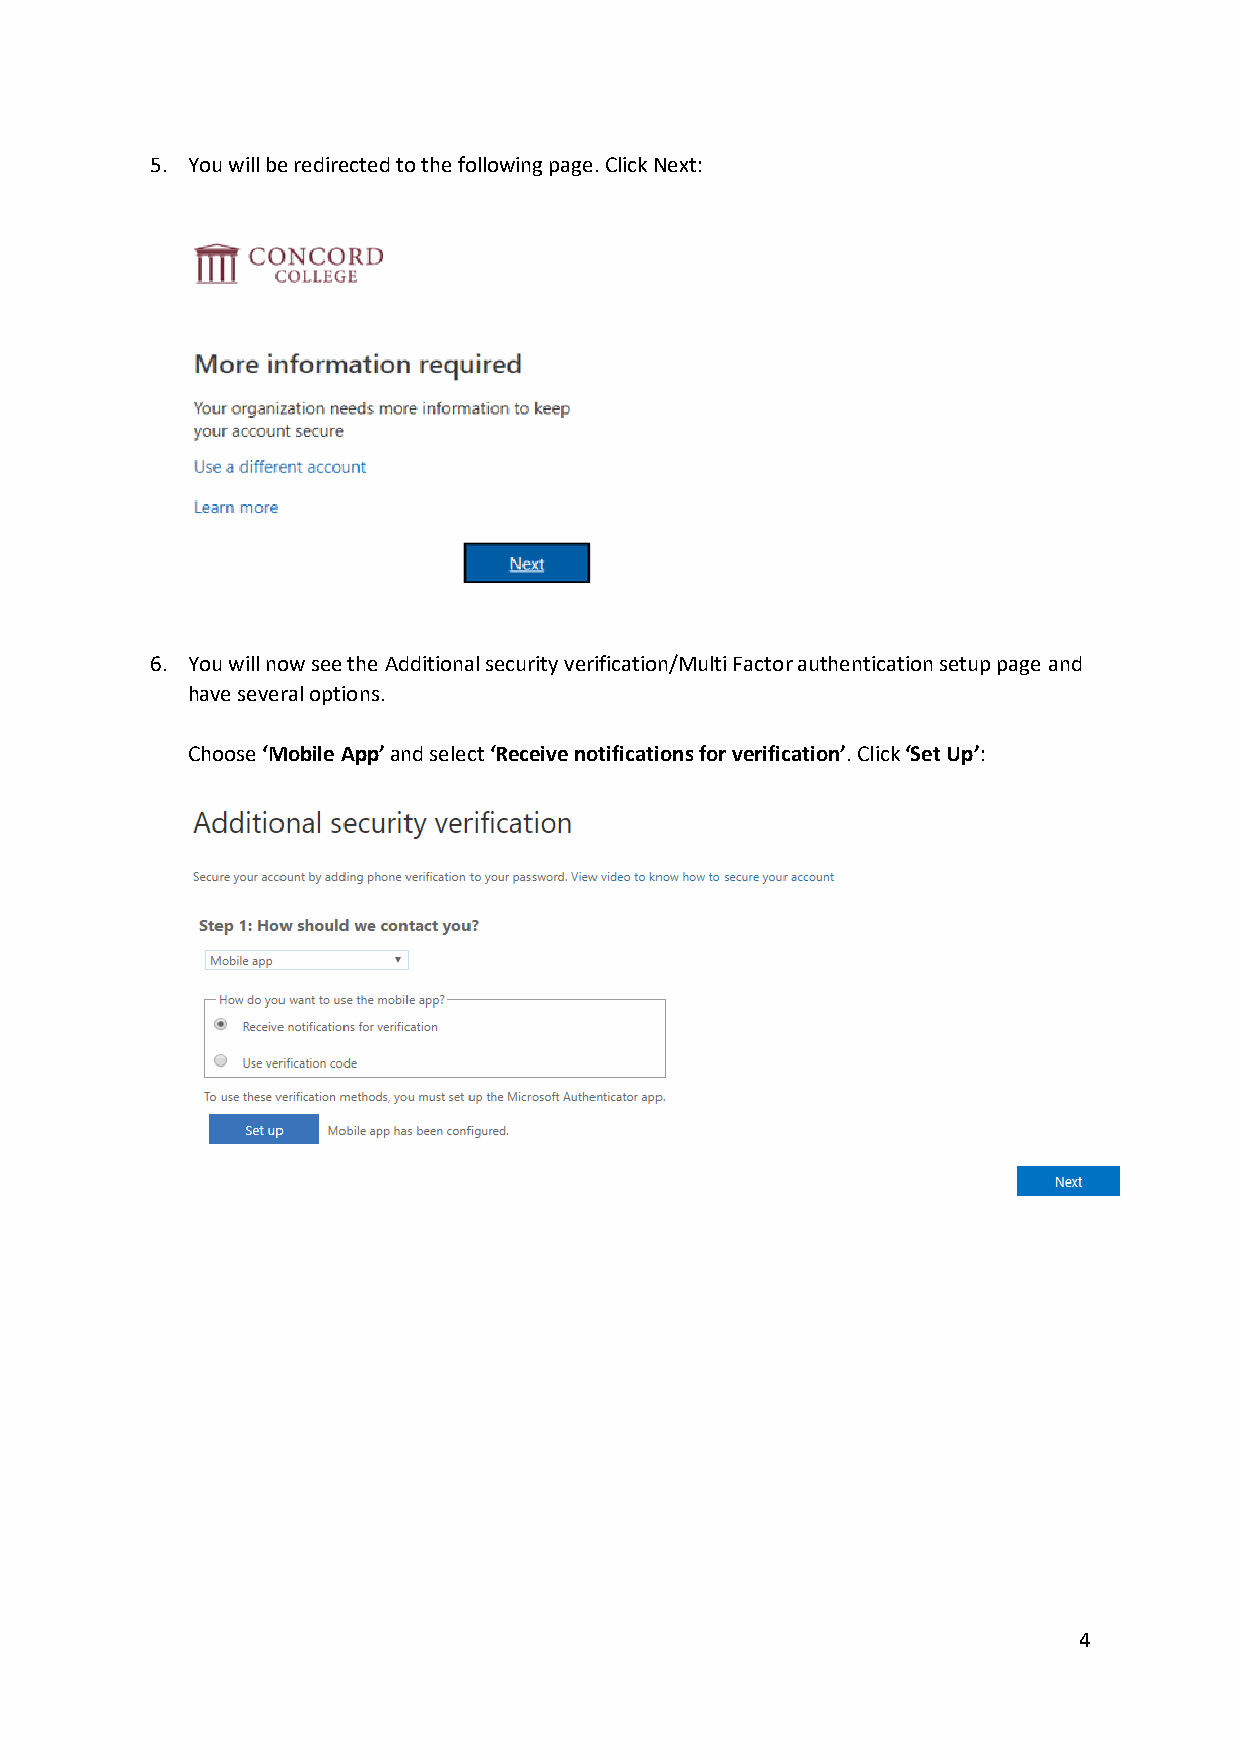
5. You will be redirected to the following page. Click Next:
 6. You will now see the Additional security verification/Multi Factor authentication setup page and
 have several options.
 Choose ‘Mobile App’ and select ‘Receive notifications for verification’. Click ‘Set Up’:
 4